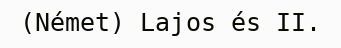
(Német) Lajos és II.